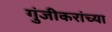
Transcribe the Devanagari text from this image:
गुंजीकरांच्या